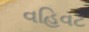
વહિવટ